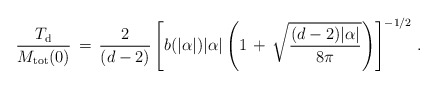
\begin{align*}\frac{T_{\rm d}}{M_{\rm tot}(0)}\,=\,\frac{2}{(d-2)}\left[b(|\alpha|)|\alpha|\left(1\,+\,\sqrt{\frac{(d-2)|\alpha|}{8\pi}}\right)\right]^{-1/2}\,{.}\end{align*}